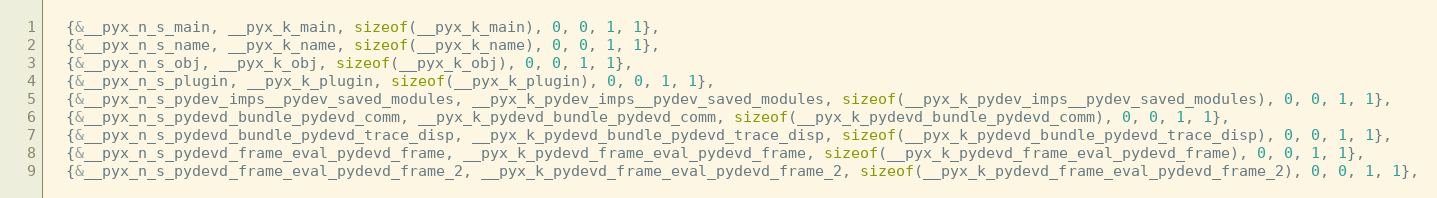
Language: C
  {&__pyx_n_s_main, __pyx_k_main, sizeof(__pyx_k_main), 0, 0, 1, 1},
  {&__pyx_n_s_name, __pyx_k_name, sizeof(__pyx_k_name), 0, 0, 1, 1},
  {&__pyx_n_s_obj, __pyx_k_obj, sizeof(__pyx_k_obj), 0, 0, 1, 1},
  {&__pyx_n_s_plugin, __pyx_k_plugin, sizeof(__pyx_k_plugin), 0, 0, 1, 1},
  {&__pyx_n_s_pydev_imps__pydev_saved_modules, __pyx_k_pydev_imps__pydev_saved_modules, sizeof(__pyx_k_pydev_imps__pydev_saved_modules), 0, 0, 1, 1},
  {&__pyx_n_s_pydevd_bundle_pydevd_comm, __pyx_k_pydevd_bundle_pydevd_comm, sizeof(__pyx_k_pydevd_bundle_pydevd_comm), 0, 0, 1, 1},
  {&__pyx_n_s_pydevd_bundle_pydevd_trace_disp, __pyx_k_pydevd_bundle_pydevd_trace_disp, sizeof(__pyx_k_pydevd_bundle_pydevd_trace_disp), 0, 0, 1, 1},
  {&__pyx_n_s_pydevd_frame_eval_pydevd_frame, __pyx_k_pydevd_frame_eval_pydevd_frame, sizeof(__pyx_k_pydevd_frame_eval_pydevd_frame), 0, 0, 1, 1},
  {&__pyx_n_s_pydevd_frame_eval_pydevd_frame_2, __pyx_k_pydevd_frame_eval_pydevd_frame_2, sizeof(__pyx_k_pydevd_frame_eval_pydevd_frame_2), 0, 0, 1, 1},